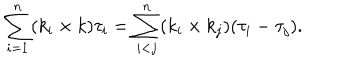
\sum _ { i = 1 } ^ { n } ( k _ { i } \times k ) \tau _ { i } = \sum _ { i < j } ^ { n } ( k _ { i } \times k _ { j } ) ( \tau _ { i } - \tau _ { j } ) .